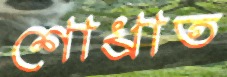
শোধ্‌রাত